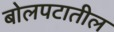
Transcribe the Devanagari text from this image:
बोलपटातील